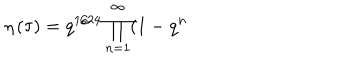
\eta \left( \tau \right) = q ^ { 1 / 2 4 } \prod _ { n = 1 } ^ { \infty } ( 1 - q ^ { n }